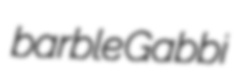
barble Gabbi